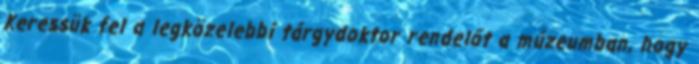
Keressük fel a legközelebbi tárgydoktor rendelőt a múzeumban, hogy